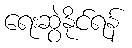
ရေးဆွဲနိုင်ရန်